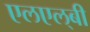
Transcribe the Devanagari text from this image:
एलएल्‌बी